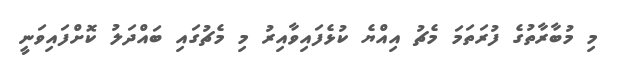
މި މުބާރާތުގެ ފުރަތަމަ މެޗު އިއްޔެ ކުޅެފައިވާއިރު މި މެޗުގައި ބައްދަލު ކޮށްފައިވަނީ